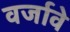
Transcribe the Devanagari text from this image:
वर्जावे